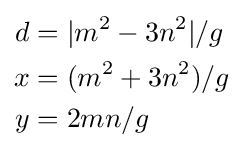
{\begin{aligned}d&=\vert m^{2}-3n^{2}\vert /g\\x&=(m^{2}+3n^{2})/g\\y&=2mn/g\end{aligned}}